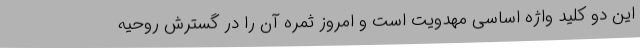
این دو کلید واژه اساسی مهدویت است و امروز ثمره آن را در گسترش روحیه